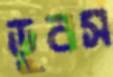
ডুবস